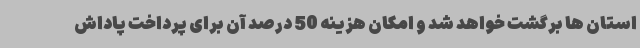
استان ها برگشت خواهد شد و امکان هزینه 50 درصد آن برای پرداخت پاداش